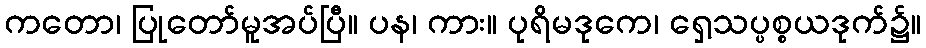
ကတော၊ ပြုတော်မူအပ်ပြီ။ ပန၊ ကား။ ပုရိမဒုကေ၊ ရှေ့သပ္ပစ္စယဒုက်၌။